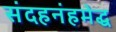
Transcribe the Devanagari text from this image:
संदहनंहमेद्ध